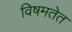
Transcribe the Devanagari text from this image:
विषमतेत